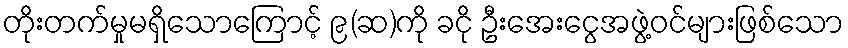
တိုးတက်မှုမရှိသောကြောင့် ၉(ဆ)ကို ခငို ဦးအေးငွေအဖွဲ့ဝင်များဖြစ်သော